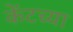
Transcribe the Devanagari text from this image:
केंटच्या